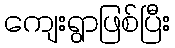
ကျေးရွာဖြစ်ပြီး